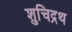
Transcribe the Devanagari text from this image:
शुचिद्रथ